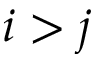
i > j